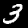
Label: 3